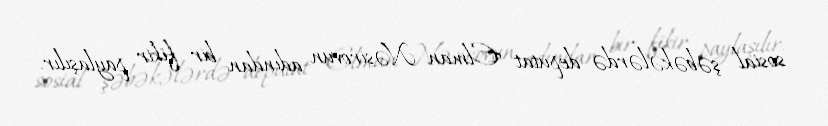
sosial şəbəkələrdə deputat Elman Nəsirovun adından bir fikir paylaşılır.